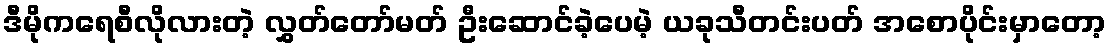
ဒီမိုကရေစီလိုလားတဲ့ လွှတ်တော်မတ် ဦးဆောင်ခဲ့ပေမဲ့ ယခုသီတင်းပတ် အစောပိုင်းမှာတော့